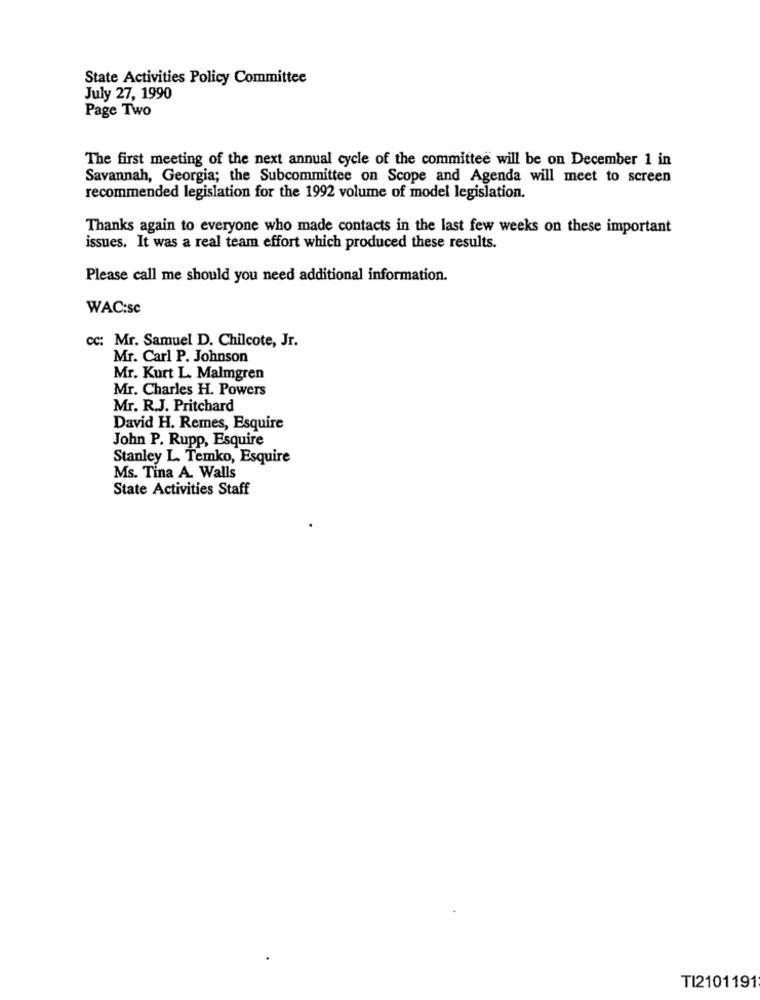
State Activities Policy Committee
July 27, 1990
Page Two
The first meeting of the next annual cycle of the committee will be on December 1 in
Savannah, Georgia; the Subcommittee on Scope and Agenda will meet to screen
recommended legislation for the 1992 volume of model legislation.
Thanks again to everyone who made contacts in the last few weeks on these important
issues. It was a real team effort which produced these results.
Please call me should you need additional information.
WAC:sc
cc: Mr. Samuel D. Chilcote, Jr.
Mr. Carl P. Johnson
Mr. Kurt L. Malmgren
Mr. Charles H. Powers
Mr. R.J. Pritchard
David H. Remes, Esquire
John P. Rupp, Esquire
Stanley L. Temko, Esquire
Ms. Tina A. Walls
State Activities Staff
TI2101191